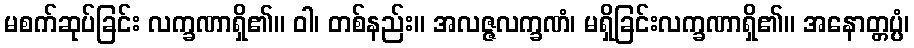
မစက်ဆုပ်ခြင်း လက္ခဏာရှိ၏။ ဝါ၊ တစ်နည်း။ အလဇ္ဇလက္ခဏံ၊ မရှိခြင်းလက္ခဏာရှိ၏။ အနောတ္တပ္ပံ၊